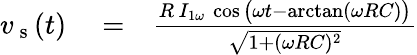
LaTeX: \begin{array}{rlr}{v_{\mathrm{~s~}}(t)}&{{}=}&{\frac{R\, I_{1\omega}\, \cos\big(\omega t-\arctan(\omega RC)\big)}{\sqrt{1+(\omega RC)^{2}}}}\end{array}